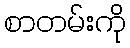
စာတမ်းကို